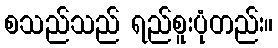
စသည်သည် ရည်စူးပုံတည်း။